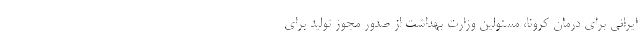
ایرانی برای درمان کرونا، مسئولین وزارت بهداشت از صدور مجوز تولید برای